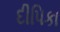
દીપિકા